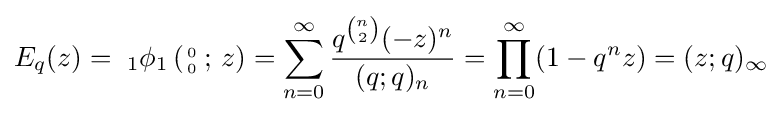
E_{q}(z)=\;_{1}\phi _{1}\left({\scriptstyle {0 \atop 0}}\,;\,z\right)=\sum _{n=0}^{\infty }{\frac {q^{\binom {n}{2}}(-z)^{n}}{(q;q)_{n}}}=\prod _{n=0}^{\infty }(1-q^{n}z)=(z;q)_{\infty }